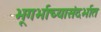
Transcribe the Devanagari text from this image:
भूगर्भाच्यासंदर्भात